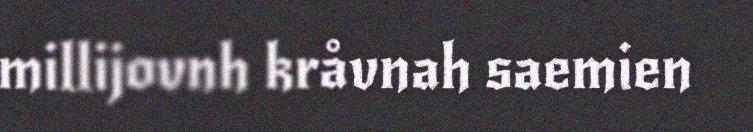
millijovnh kråvnah saemien